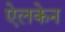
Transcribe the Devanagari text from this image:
ऐलकेन